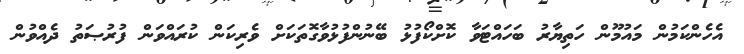
އެހެންކަމުން މައުމޫން ހަތިޔާރު ބަހައްޓަވާ ކޮށްކޯފުޅު ބޭނުންފުޅުވާގޮތަކަށް ވެރިކަން ކުރައްވަން ފުރުޞަތު ދެއްވުން